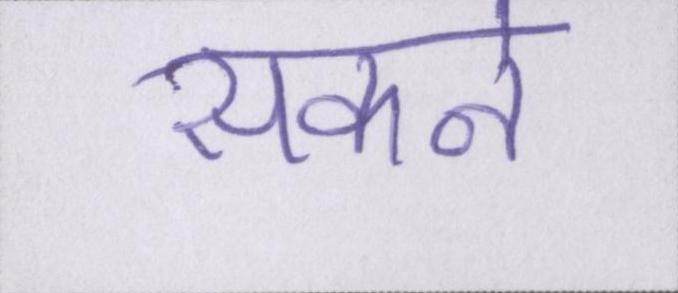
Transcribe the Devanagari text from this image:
सकने